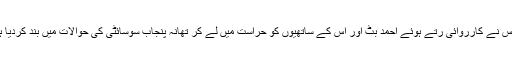
پولیس نے کارروائی رتے ہوئے احمد بٹ اور اس کے ساتھیوں کو حراست میں لے کر تھانہ پنجاب سوسائٹی کی حوالات میں بند کردیا ہے۔